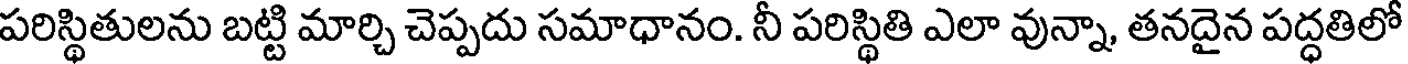
పరిస్థితులను బట్టి మార్చి చెప్పదు సమాధానం. నీ పరిస్థితి ఎలా వున్నా, తనదైన పద్ధతిలో